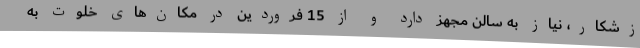
زشکار، نیاز به سالن مجهز دارد و از 15 فروردین در مکان‌های خلوت به